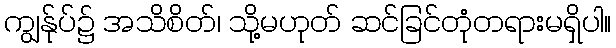
ကျွန်ုပ်၌ အသိစိတ်၊ သို့မဟုတ် ဆင်ခြင်တုံတရားမရှိပါ။